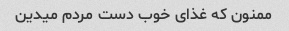
ممنون که غذای خوب دست مردم میدین